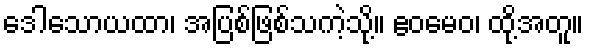
ဒေါသောယထာ၊ အပြစ်ဖြစ်သကဲ့သို့။ ဧဝမေဝ၊ ထို့အတူ။